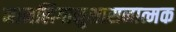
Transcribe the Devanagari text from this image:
नामलिगानुशासनात्मक